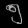
Digit: ၅